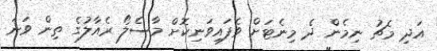
އަދި މެޗު ނިމެން ދެ މިނެޓަށް ވެފައިވަނިކޮށް މާސެލޯ ރެއާލުގެ ތިން ވަނަ